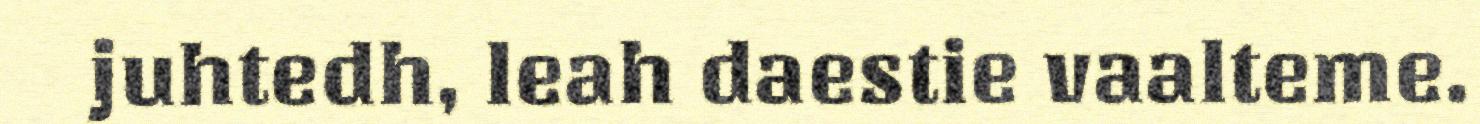
juhtedh, leah daestie vaalteme.